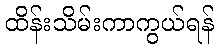
ထိန်းသိမ်းကာကွယ်ရန်